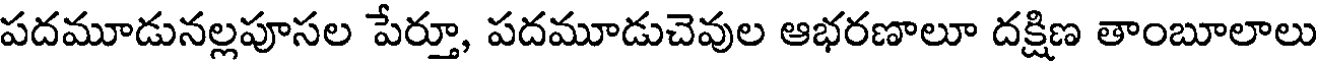
పదమూడునల్లపూసల పేర్తూ, పదమూడుచెవుల ఆభరణాలూ దక్షిణ తాంబూలాలు